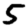
Digit: 5